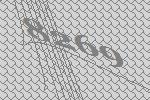
8269